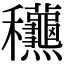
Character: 𥤚